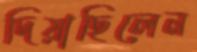
দিয়াছিলেন